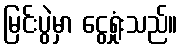
မြင်းပွဲမှာ ငွေရှုံးသည်။